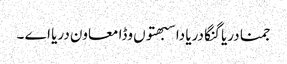
جمنا دریا گنگا دریا دا سبھتوں وڈا معاون دریا اے ۔